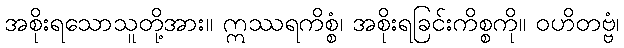
အစိုးရသောသူတို့အား။ ဣဿရကိစ္စံ၊ အစိုးရခြင်းကိစ္စကို။ ဝဟိတဗ္ဗံ၊